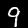
Digit: 9